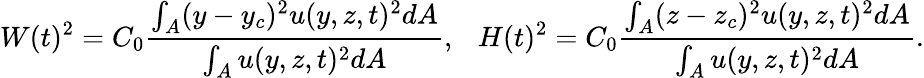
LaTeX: W(t)^{2}=C_{0}\frac{\int_{A}(y-y_{c})^{2}u(y,z,t)^{2}dA}{\int_{A}u(y,z,t)^{2}dA},~~~H(t)^{2}=C_{0}\frac{\int_{A}(z-z_{c})^{2}u(y,z,t)^{2}dA}{\int_{A}u(y,z,t)^{2}dA}.